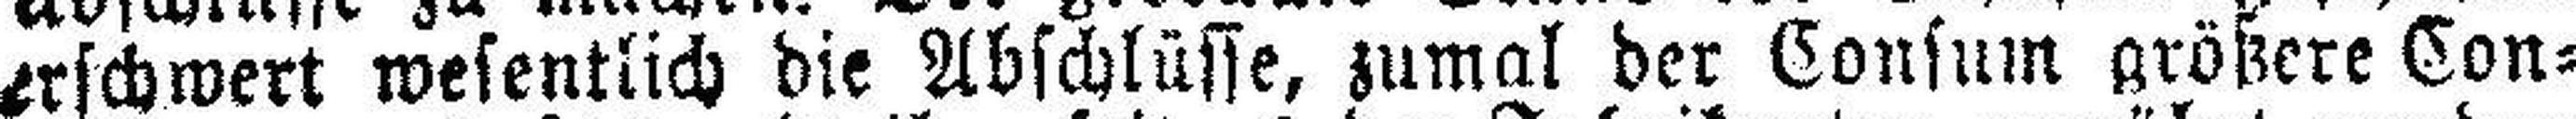
erschwert wesentlich die Abschlüsse, zumal der Consum größere Con¬